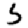
Digit: 5